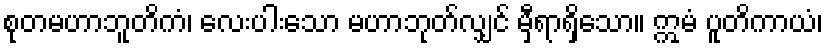
စုတမဟာဘူတိကံ၊ လေးပါးသော မဟာဘုတ်လျှင် မှီရာရှိသော။ ဣမံ ပူတိကာယံ၊